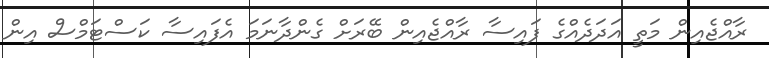
ރާއްޖެއިން މަތީ އަދަދެއްގެ ފައިސާ ރާއްޖެއިން ބޭރަށް ގެންދާނަމަ އެފައިސާ ކަސްޓަމްސް އިން